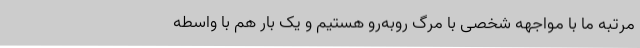
مرتبه ما با مواجهه شخصی با مرگ روبه‌رو هستیم و یک بار هم با واسطه